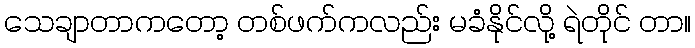
သေချာတာကတော့ တစ်ဖက်ကလည်း မခံနိုင်လို့ ရဲတိုင် တာ။